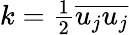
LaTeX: \begin{array}{r}{k=\frac{1}{2}\overline{{u_{j}u_{j}}}}\end{array}